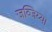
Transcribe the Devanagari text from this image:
जव्जिय्या